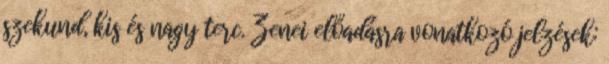
szekund, kis és nagy terc. Zenei előadásra vonatkozó jelzések: